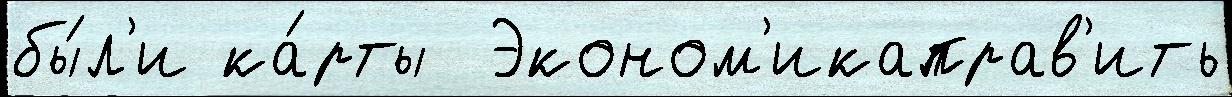
бы́л'и ка́рты  Эконом'икаправ'ить